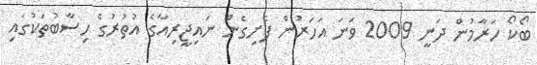
ބޯކޯ ހަރާމުން ދަނީ 2009 ވަނަ އަހަރުން ފެށިގެން ނައިޖީރިއާގެ އުތުރުގެ ހިސާބުތަކުގައި